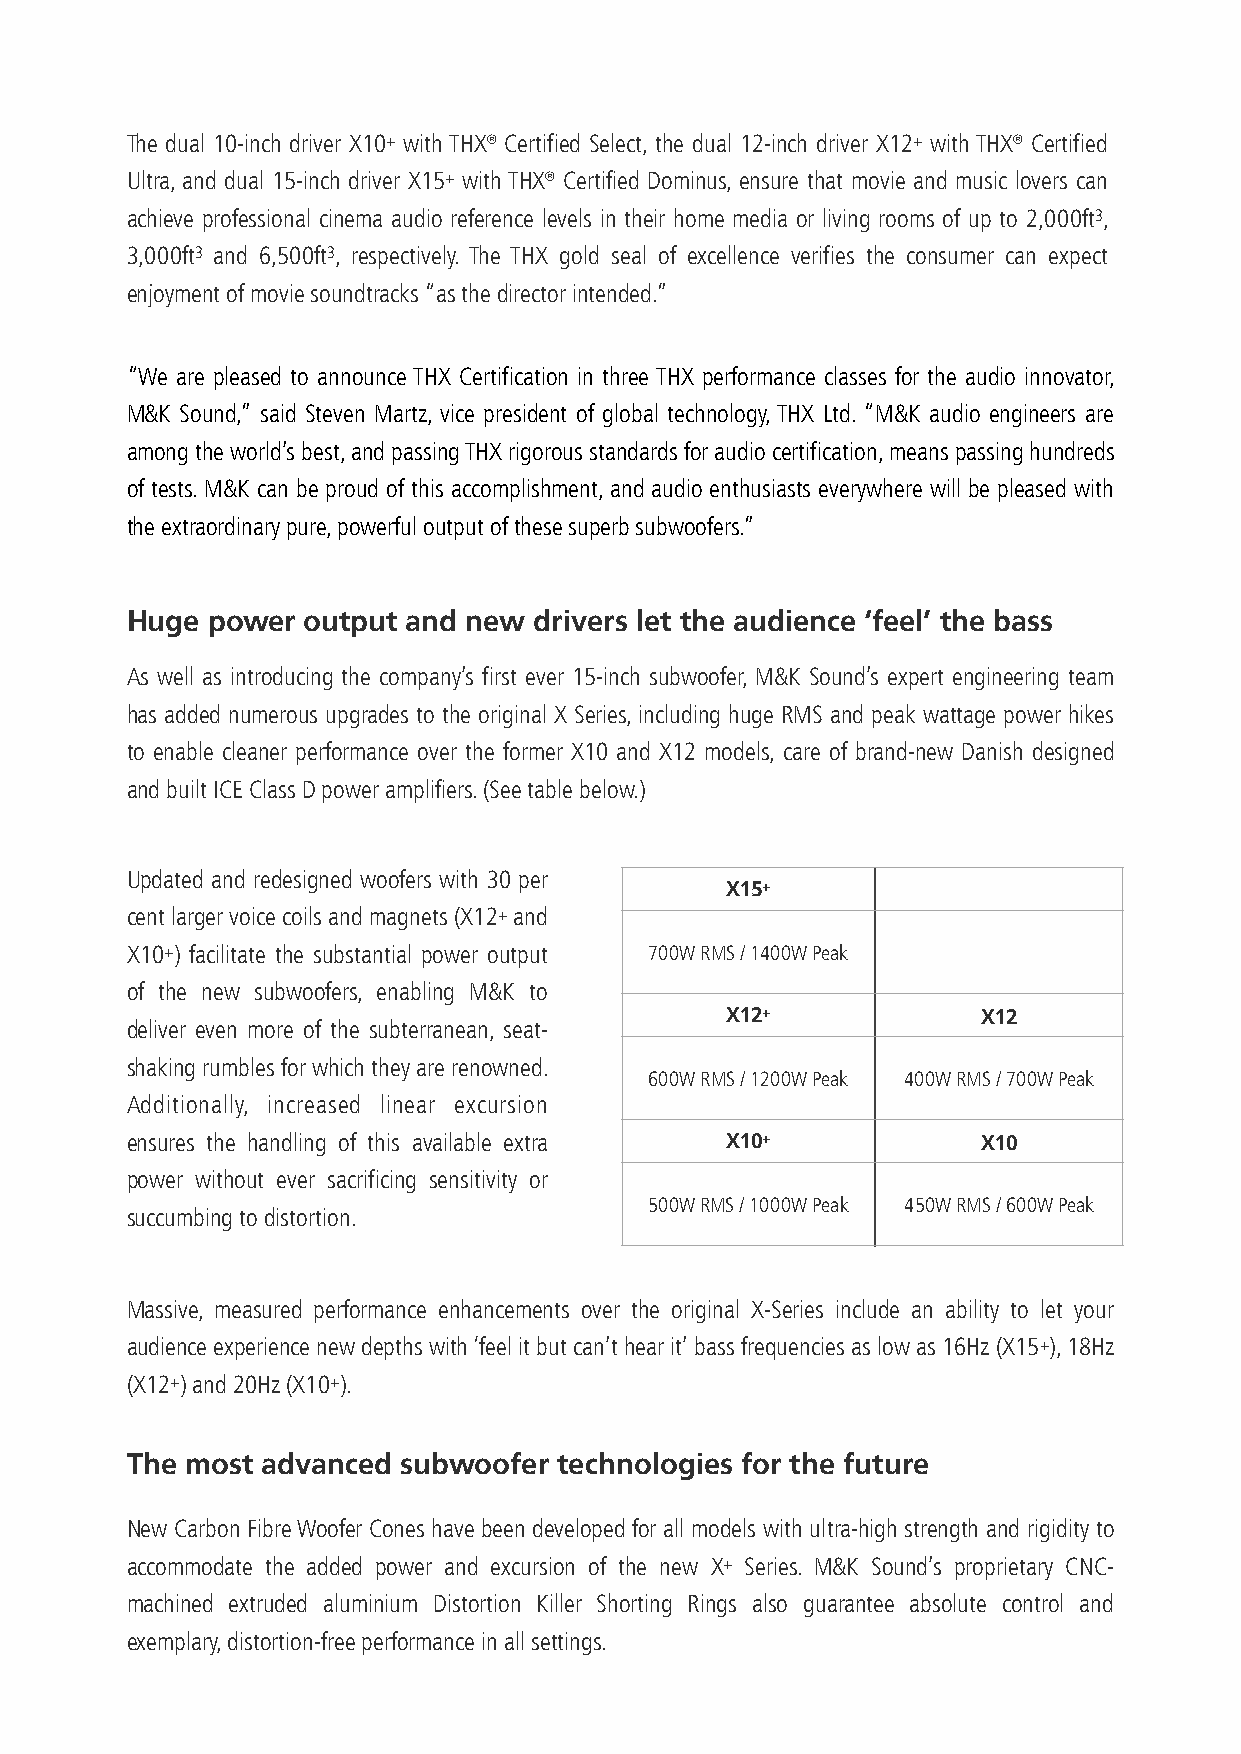
The dual 10-inch driver X10+ with THX® Certified Select, the dual 12-inch driver X12+ with THX® Certified
 Ultra, and dual 15-inch driver X15+ with THX® Certified Dominus, ensure that movie and music lovers can
 achieve professional cinema audio reference levels in their home media or living rooms of up to 2,000ft3,
 3,000ft3 and 6,500ft3, respectively. The THX gold seal of excellence verifies the consumer can expect
 enjoyment of movie soundtracks “as the director intended.”
 “We are pleased to announce THX Certification in three THX performance classes for the audio innovator,
 M&K Sound,” said Steven Martz, vice president of global technology, THX Ltd. “M&K audio engineers are
 among the world’s best, and passing THX rigorous standards for audio certification, means passing hundreds
 of tests. M&K can be proud of this accomplishment, and audio enthusiasts everywhere will be pleased with
 the extraordinary pure, powerful output of these superb subwoofers.”
 Huge  power output and new drivers let the audience ‘feel’ the bass
 As well as introducing the company’s first ever 15-inch subwoofer, M&K Sound’s expert engineering team
 has added numerous upgrades to the original X Series, including huge RMS and peak wattage power hikes
 to enable cleaner performance over the former X10 and X12 models, care of brand-new Danish designed
 and built ICE Class D power amplifiers. (See table below.)
 Updated and redesigned woofers with 30 per
 X15+
 cent larger voice coils and magnets (X12+ and
 X10+) facilitate the substantial power output 700W RMS / 1400W Peak
 of the new subwoofers, enabling M&K to
 X12+             X12
 deliver even more of the subterranean, seat-
 shaking rumbles for which they are renowned.
 600W RMS / 1200W Peak 400W RMS / 700W Peak
 Additionally, increased linear excursion
 ensures the handling of this available extra X10+        X10
 power without ever sacrificing sensitivity or
 500W RMS / 1000W Peak 450W RMS / 600W Peak
 succumbing to distortion.
 Massive, measured performance enhancements over the original X-Series include an ability to let your
 audience experience new depths with ‘feel it but can’t hear it’ bass frequencies as low as 16Hz (X15+), 18Hz
 (X12+) and 20Hz (X10+).
 The most advanced subwoofer  technologies for the future
 New Carbon Fibre Woofer Cones have been developed for all models with ultra-high strength and rigidity to
 accommodate the added power and excursion of the new X+ Series. M&K Sound’s proprietary CNC-
 machined extruded aluminium Distortion Killer Shorting Rings also guarantee absolute control and
 exemplary, distortion-free performance in all settings.